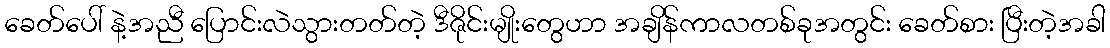
ခေတ်ပေါ် နဲ့အညီ ပြောင်းလဲသွားတတ်တဲ့ ဒီဇိုင်းမျိုးတွေဟာ အချိန်ကာလတစ်ခုအတွင်း ခေတ်စား ပြီးတဲ့အခါ